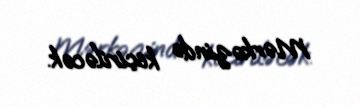
Mərkəzində keçiriləcək.